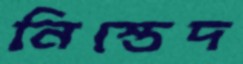
নিস্তেদ